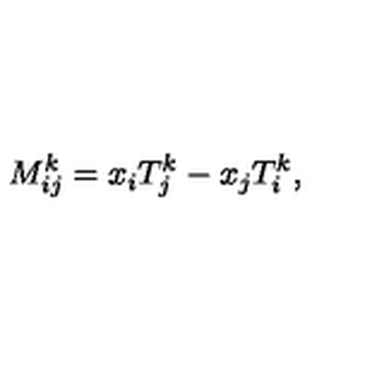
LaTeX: M _ { i j } ^ { k } = x _ { i } T _ { j } ^ { k } - x _ { j } T _ { i } ^ { k } ,